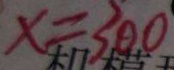
x = 3 0 0